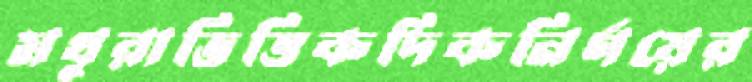
মথুরাভিত্তিকদিকনির্ণয়ের